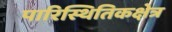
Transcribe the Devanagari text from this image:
पारिस्थितिकक्षेत्र